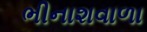
ભીનાશવાળા